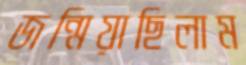
জন্মিয়াছিলাম